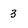
Character: 3